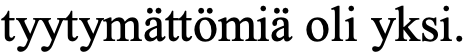
tyytymättömiä oli yksi.